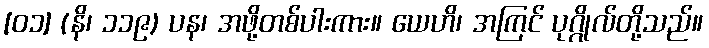
[၀၁] (နိ၊ ၁၁၉) ပန၊ အဖို့တစ်ပါးကား။ ယေဟိ၊ အကြင် ပုဂ္ဂိုလ်တို့သည်။